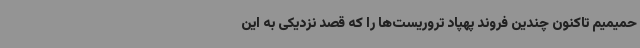
حمیمیم تاکنون چندین فروند پهپاد تروریست‌ها را که قصد نزدیکی به این